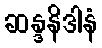
ဆန္ဒနိဒါနံ